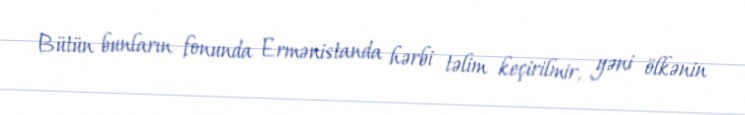
Bütün bunların fonunda Ermənistanda hərbi təlim keçirilmir, yəni ölkənin